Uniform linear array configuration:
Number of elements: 8
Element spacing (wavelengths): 0.75
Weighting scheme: exponential
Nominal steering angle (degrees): -15
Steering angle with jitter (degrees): -16.664
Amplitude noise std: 0.05
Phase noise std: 0.05

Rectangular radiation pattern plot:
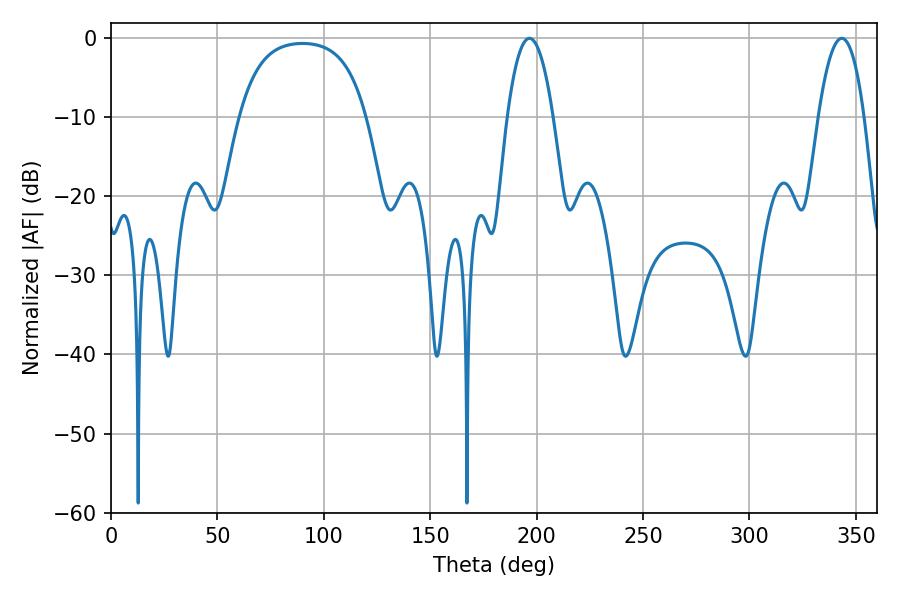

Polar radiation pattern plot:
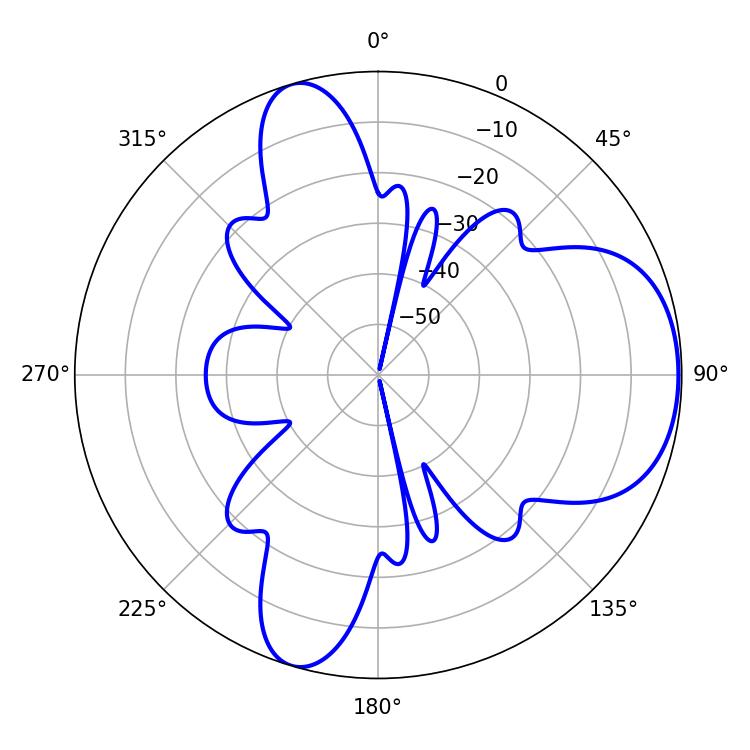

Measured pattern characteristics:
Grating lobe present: TRUE
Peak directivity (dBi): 6.347
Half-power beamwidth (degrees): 11.88
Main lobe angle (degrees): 196.56